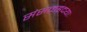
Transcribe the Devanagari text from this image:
संसक्तहृदयाः